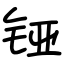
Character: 铔